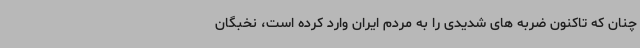
چنان که تاکنون ضربه های شدیدی را به مردم ایران وارد کرده است، نخبگان